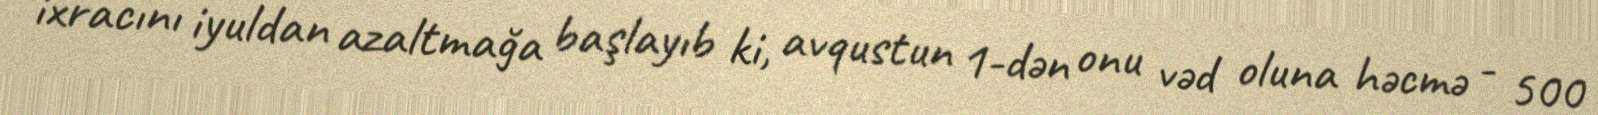
ixracını iyuldan azaltmağa başlayıb ki, avqustun 1-dən onu vəd oluna həcmə - 500